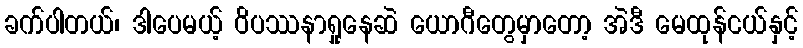
ခက်ပါတယ်၊ ဒါပေမယ့် ဝိပဿနာရှုနေဆဲ ယောဂီတွေမှာတော့ အဲဒီ မေထုန်ငယ်နှင့်